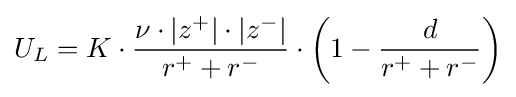
U_{L}={K}\cdot {\frac {\nu \cdot |z^{+}|\cdot |z^{-}|}{r^{+}+r^{-}}}\cdot {\biggl (}1-{\frac {d}{r^{+}+r^{-}}}{\biggr )}